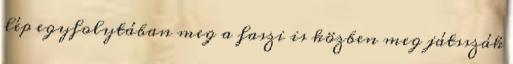
lép egyfolytában meg a faszi is közben meg játsszák